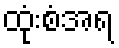
ထုံးစံအရ